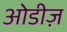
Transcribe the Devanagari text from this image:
ओडीज़